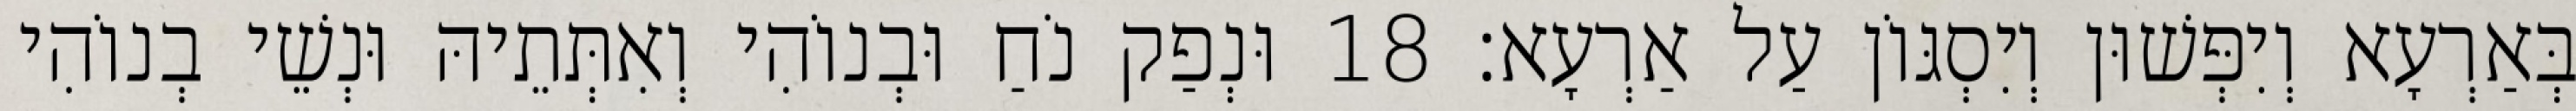
בְּאַרְעָא וְיִפְּשׁוּן וְיִסְגּוֹן עַל אַרְעָא׃ 18 וּנְפַק נֹחַ וּבְנוֹהִי וְאִתְּתֵיהּ וּנְשֵׁי בְנוֹהִי